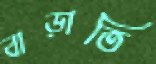
বাড়াতি